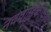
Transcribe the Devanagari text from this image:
नववाहिकीकरण